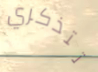
تتذكري